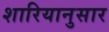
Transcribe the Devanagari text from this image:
शारियानुसार